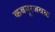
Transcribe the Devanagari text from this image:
कबनूरजवळ